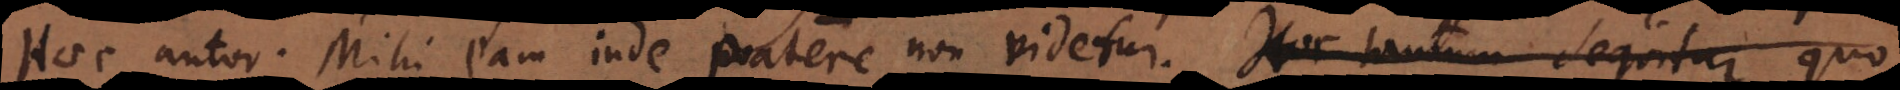
Haec autor. Mihi eam inde patere non videtur. Hoc tantum sequitur quo